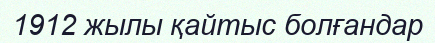
1912 жылы қайтыс болғандар